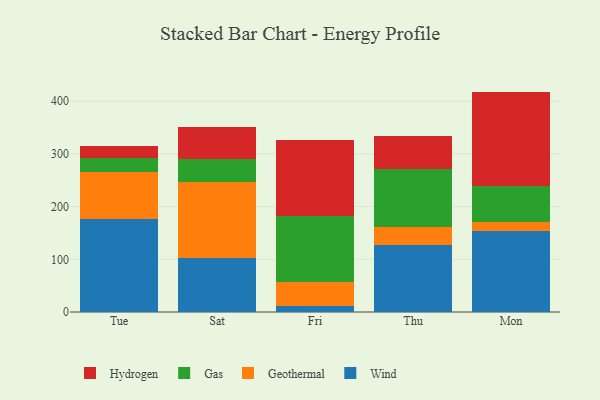
{"axis": {"x": "Day", "y": "Active Users"}, "legend": ["Gas", "Geothermal", "Hydrogen", "Wind"], "data": [{"x": "Tue", "y": 176.4, "type": "Wind"}, {"x": "Tue", "y": 90.2, "type": "Geothermal"}, {"x": "Tue", "y": 24.9, "type": "Gas"}, {"x": "Tue", "y": 23.7, "type": "Hydrogen"}, {"x": "Sat", "y": 103.4, "type": "Wind"}, {"x": "Sat", "y": 144.0, "type": "Geothermal"}, {"x": "Sat", "y": 43.5, "type": "Gas"}, {"x": "Sat", "y": 59.8, "type": "Hydrogen"}, {"x": "Fri", "y": 12.1, "type": "Wind"}, {"x": "Fri", "y": 44.4, "type": "Geothermal"}, {"x": "Fri", "y": 125.5, "type": "Gas"}, {"x": "Fri", "y": 145.2, "type": "Hydrogen"}, {"x": "Thu", "y": 127.4, "type": "Wind"}, {"x": "Thu", "y": 34.2, "type": "Geothermal"}, {"x": "Thu", "y": 109.1, "type": "Gas"}, {"x": "Thu", "y": 63.2, "type": "Hydrogen"}, {"x": "Mon", "y": 153.3, "type": "Wind"}, {"x": "Mon", "y": 17.7, "type": "Geothermal"}, {"x": "Mon", "y": 68.0, "type": "Gas"}, {"x": "Mon", "y": 179.2, "type": "Hydrogen"}]}